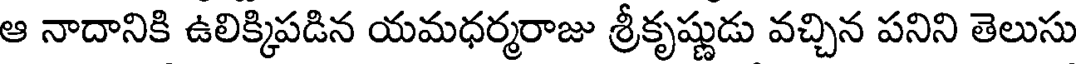
ఆ నాదానికి ఉలిక్కిపడిన యమధర్మరాజు శ్రీకృష్ణుడు వచ్చిన పనిని తెలుసు